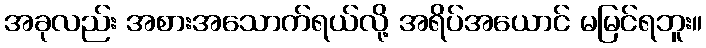
အခုလည်း အစားအသောက်ရယ်လို့ အရိပ်အယောင် မမြင်ရဘူး။